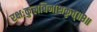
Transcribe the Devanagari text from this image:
रक्षःकुलविनाशकृत्‌॥८॥